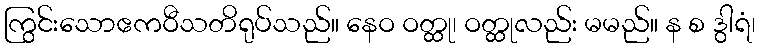
ကြွင်းသောဧကဝီသတိရုပ်သည်။ နေဝ ဝတ္ထု၊ ဝတ္ထုလည်း မမည်။ န စ ဒွါရံ၊